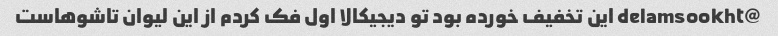
@delamsookht این تخفیف خورده بود تو دیجیکالا اول فک کردم از این لیوان تاشوهاست